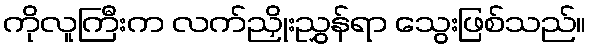
ကိုလူကြီးက လက်ညှိုးညွှန်ရာ သွေးဖြစ်သည်။